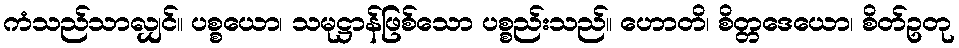
ကံသည်သာလျှင်။ ပစ္စယော၊ သမုဋ္ဌာန်ဖြစ်သော ပစ္စည်းသည်။ ဟောတိ၊ စိတ္တဒေယော၊ စိတ်ဥတု